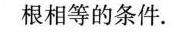
根相等的条件.